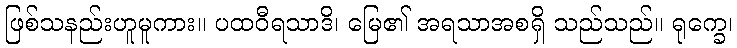
ဖြစ်သနည်းဟူမူကား။ ပထဝီရသာဒိ၊ မြေ၏ အရသာအစရှိ သည်သည်။ ရုက္ခေ၊